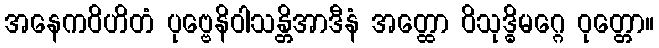
အနေကဝိဟိတံ ပုဗ္ဗေနိဝါသန္တိအာဒီနံ အတ္ထော ဝိသုဒ္ဓိမဂ္ဂေ ဝုတ္တော။